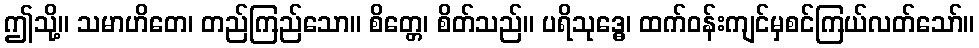
ဤသို့။ သမာဟိတေ၊ တည်ကြည်သော။ စိတ္တေ၊ စိတ်သည်။ ပရိသုဒ္ဓေ၊ ထက်ဝန်းကျင်မှစင်ကြယ်လတ်သော်။